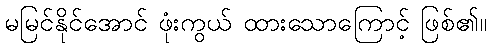
မမြင်နိုင်အောင် ဖုံးကွယ် ထားသောကြောင့် ဖြစ်၏။